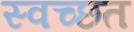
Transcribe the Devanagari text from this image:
स्वच्छत